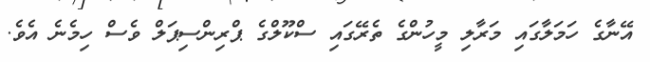
އޭނާގެ ހަމަލާގައި މަރާލި މީހުންގެ ތެރޭގައި ސްކޫލްގެ ޕްރިންސިޕަލް ވެސް ހިމެނެ އެވެ.